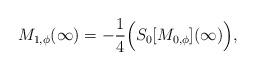
LaTeX: \begin{align*}M_{1,\phi}(\infty) = - \frac{1}{4} \Big(S_{0}[M_{0,\phi}](\infty)\Big),\end{align*}